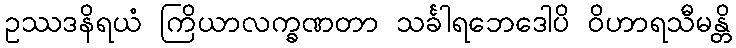
ဥဿဒနိရယံ ကြိယာလက္ခဏတာ သင်္ခါရဘေဒေါပိ ဝိဟာရသီမန္တိ